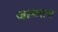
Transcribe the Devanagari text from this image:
जाळतच